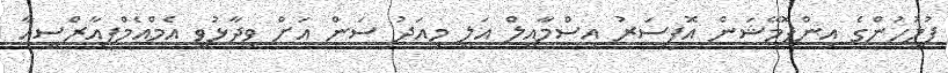
ފުލުހުންގެ އިންފޮމޭޝަން އޮފިސަރު އިސްމާއީލް އަލީ މިއަދު ސަން އަށް ވިދާޅުވީ އެމްއެމްޕީއާރްސީއާ